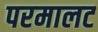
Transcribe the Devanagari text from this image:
परमालट